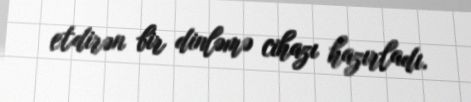
etdirən bir dinləmə cihazı hazırladı.